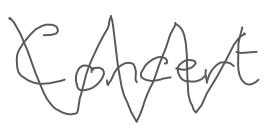
Text: Concert
Cross-out: zig-zag
Writing tool: digital_gray